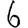
Digit: 6